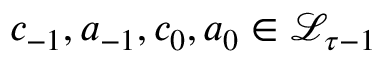
c _ { - 1 } , a _ { - 1 } , c _ { 0 } , a _ { 0 } \in \mathcal { L } _ { \tau - 1 }